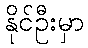
နိုင်ဦးမှာ